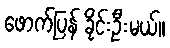
ဖောက်ပြန် ခိုင်းဦးမယ်။